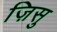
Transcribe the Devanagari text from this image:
ज़िसु